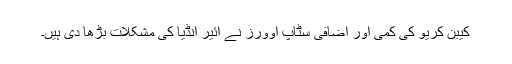
کیبن کریو کی کمی اور اضافی سٹاپ اوورز نے ائیر انڈیا کی مشکلات بڑھا دی ہیں۔